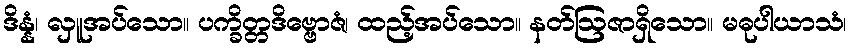
ဒိန္နံ၊ လှူအပ်သော။ ပက္ခိတ္တဒိဗ္ဗောဇံ၊ ထည့်အပ်သော။ နတ်ဩဇာရှိသော။ မဓုပါယာသံ၊